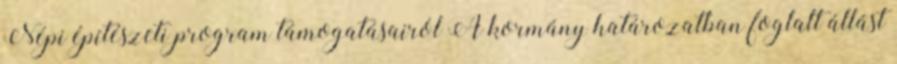
Népi építészeti program támogatásairól A kormány határozatban foglalt állást